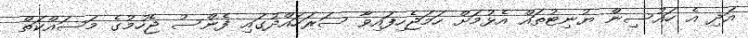
އަދި އެ ހައުސިން ޔުނިޓުތައް އެޅުމަށް ހަމަޖެހިފައިވާ ސަރަހައްދުގައި ފެންސު ޖެހުމުގެ މަސައްކަތް